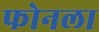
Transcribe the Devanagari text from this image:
फोनला